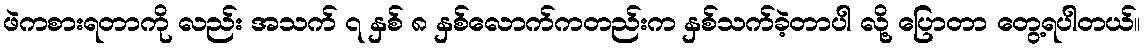
ဖဲကစားရတာကို လည်း အသက် ၇ နှစ် ၈ နှစ်လောက်ကတည်းက နှစ်သက်ခဲ့တာပါ လို့ ပြောတာ တွေ့ရပါတယ်။